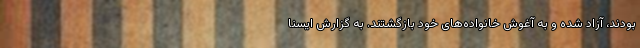
بودند، آزاد شده و به آغوش خانواده‌های خود بازگشتند. به گزارش ایسنا